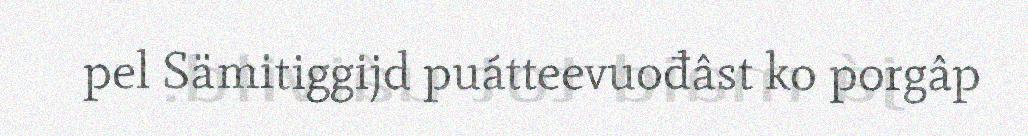
pel Sämitiggijd puátteevuođâst ko porgâp